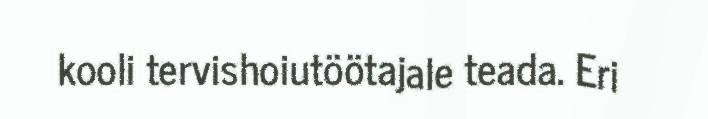
kooli tervishoiutöötajale teada. Eri